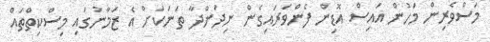
މަސްވެރިން މަހުން އައިސް އޮޑިން ފެންވަރައިގެން ނިދަންދާ ތަނަކަށް އެ ޒަމާނުގައި މިސްކިތްތައް